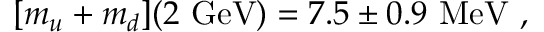
[ m _ { u } + m _ { d } ] ( 2 \ \mathrm { G e V } ) = 7 . 5 \pm 0 . 9 \ \mathrm { M e V } \ ,